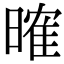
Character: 𣉒